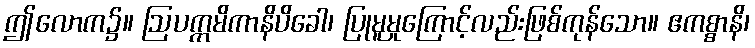
ဤလောက၌။ ဩပက္ကမိကာနိပိခေါ၊ ပြုမူမှုကြောင့်လည်းဖြစ်ကုန်သော။ ဧကစ္စာနိ၊